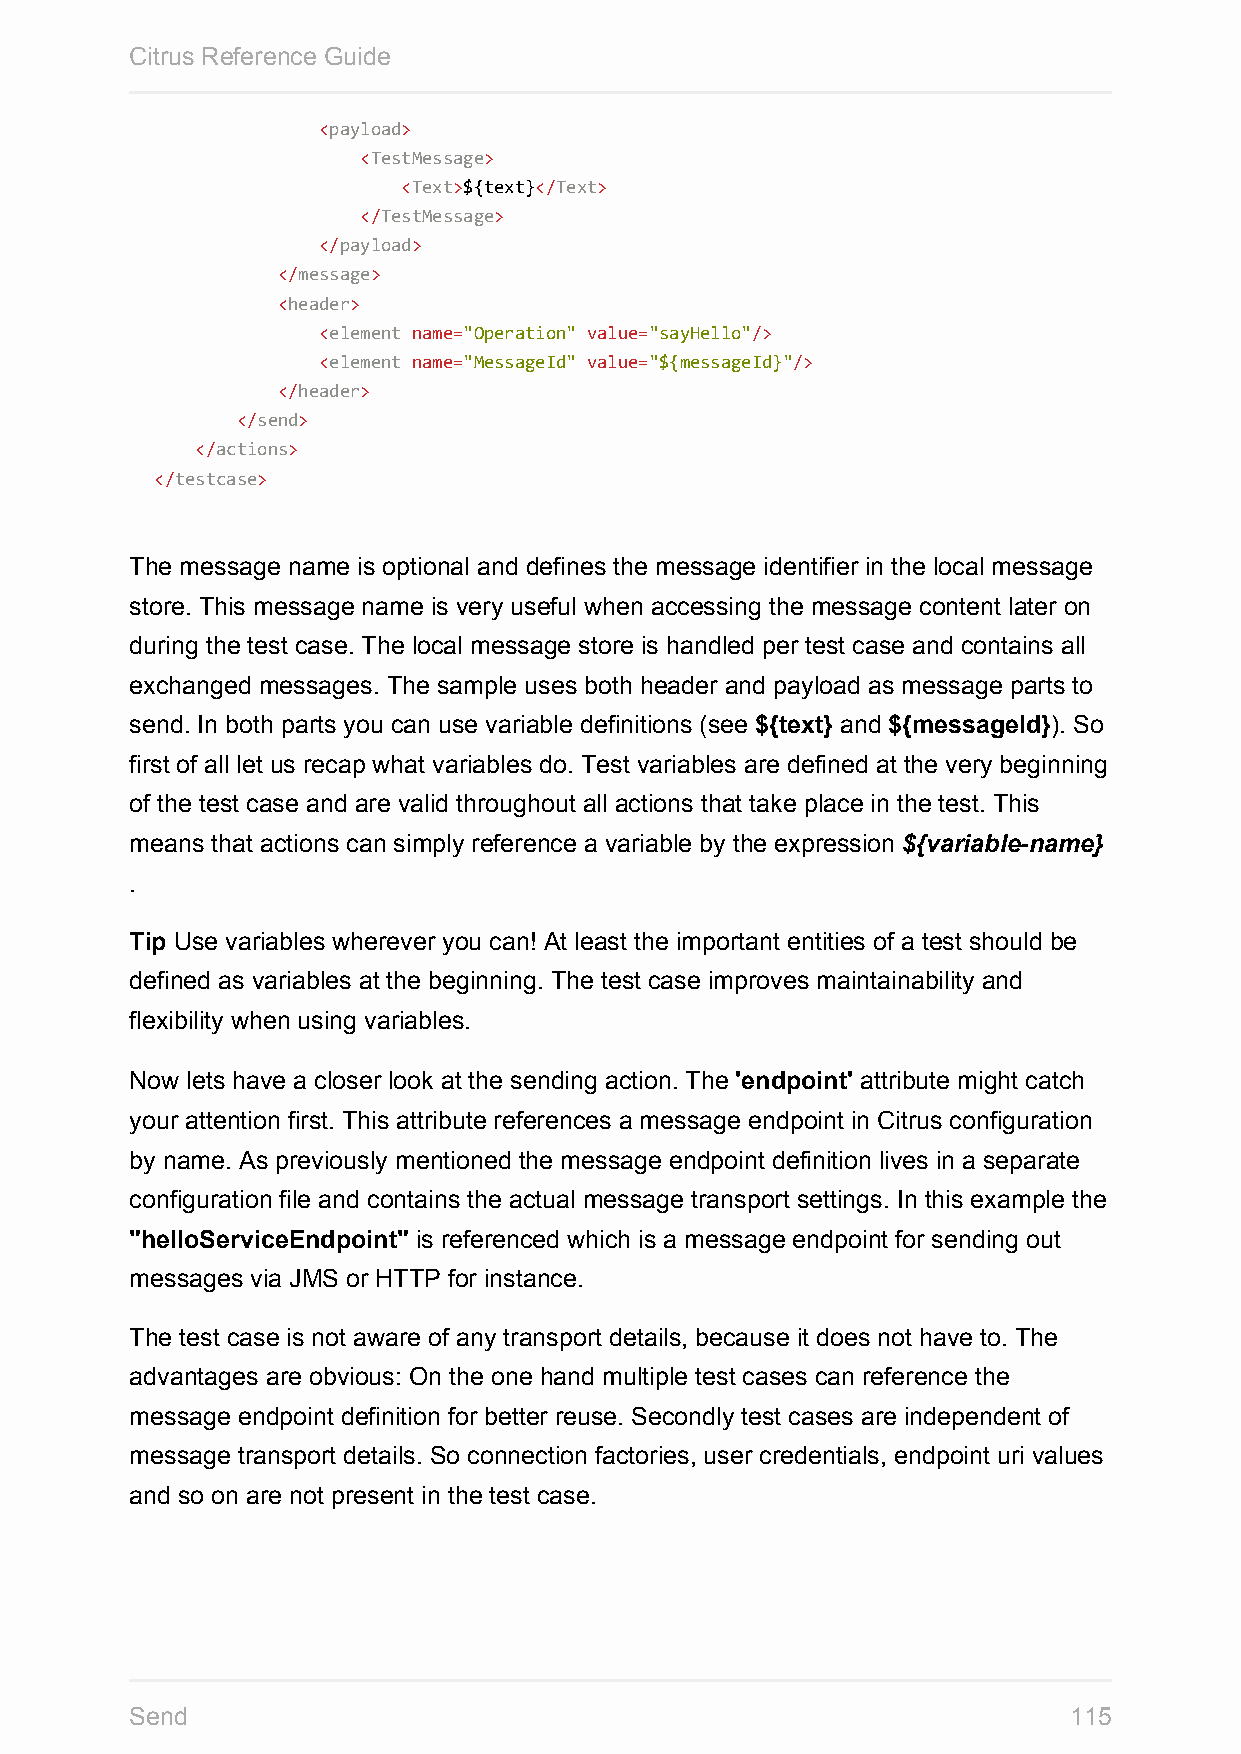
Citrus Reference Guide
 <payload>
 <TestMessage>
 <Text>${text}</Text>
 </TestMessage>
 </payload>
 </message>
 <header>
 <element name="Operation" value="sayHello"/>
 <element name="MessageId" value="${messageId}"/>
 </header>
 </send>
 </actions>
 </testcase>
 The message name is optional and defines the message identifier in the local message
 store. This message name is very useful when accessing the message content later on
 during the test case. The local message store is handled per test case and contains all
 exchanged messages. The sample uses both header and payload as message parts to
 send. In both parts you can use variable definitions (see ${text} and ${messageId}). So
 first of all let us recap what variables do. Test variables are defined at the very beginning
 of the test case and are valid throughout all actions that take place in the test. This
 means that actions can simply reference a variable by the expression ${variable-name}
 .
 Tip Use variables wherever you can! At least the important entities of a test should be
 defined as variables at the beginning. The test case improves maintainability and
 flexibility when using variables.
 Now lets have a closer look at the sending action. The 'endpoint' attribute might catch
 your attention first. This attribute references a message endpoint in Citrus configuration
 by name. As previously mentioned the message endpoint definition lives in a separate
 configuration file and contains the actual message transport settings. In this example the
 "helloServiceEndpoint" is referenced which is a message endpoint for sending out
 messages via JMS or HTTP for instance.
 The test case is not aware of any transport details, because it does not have to. The
 advantages are obvious: On the one hand multiple test cases can reference the
 message endpoint definition for better reuse. Secondly test cases are independent of
 message transport details. So connection factories, user credentials, endpoint uri values
 and so on are not present in the test case.
 Send                                                          115